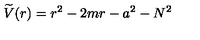
\widetilde { V } ( r ) = r ^ { 2 } - 2 m r - a ^ { 2 } - N ^ { 2 }